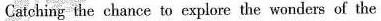
Catching the chance to explore the wonders of the